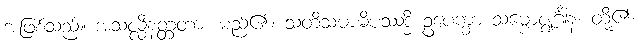
အဖြစ်သည်။ အသလ္လီနတ္တတာ၊ မည်၏။ သတိသမာဓိပဿဒ္ဓိ ဥပေက္ခာ သမ္ဗောဇ္ဈင်္ဂါနံ၊ တို့၏။